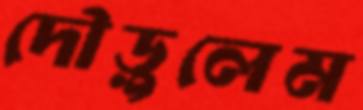
দৌড়ুলেম